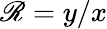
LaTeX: \mathscr{R}=y/x